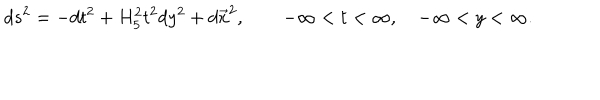
d s ^ { 2 } = - d t ^ { 2 } + H _ { 5 } ^ { 2 } t ^ { 2 } d y ^ { 2 } + d \vec { x } ^ { 2 } , \qquad - \infty < t < \infty , \quad - \infty < y < \infty .